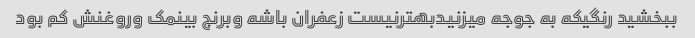
ببخشید رنگیکه به جوجه میزنیدبهترنیست زعفران باشه وبرنج بینمک وروغنش کم بود